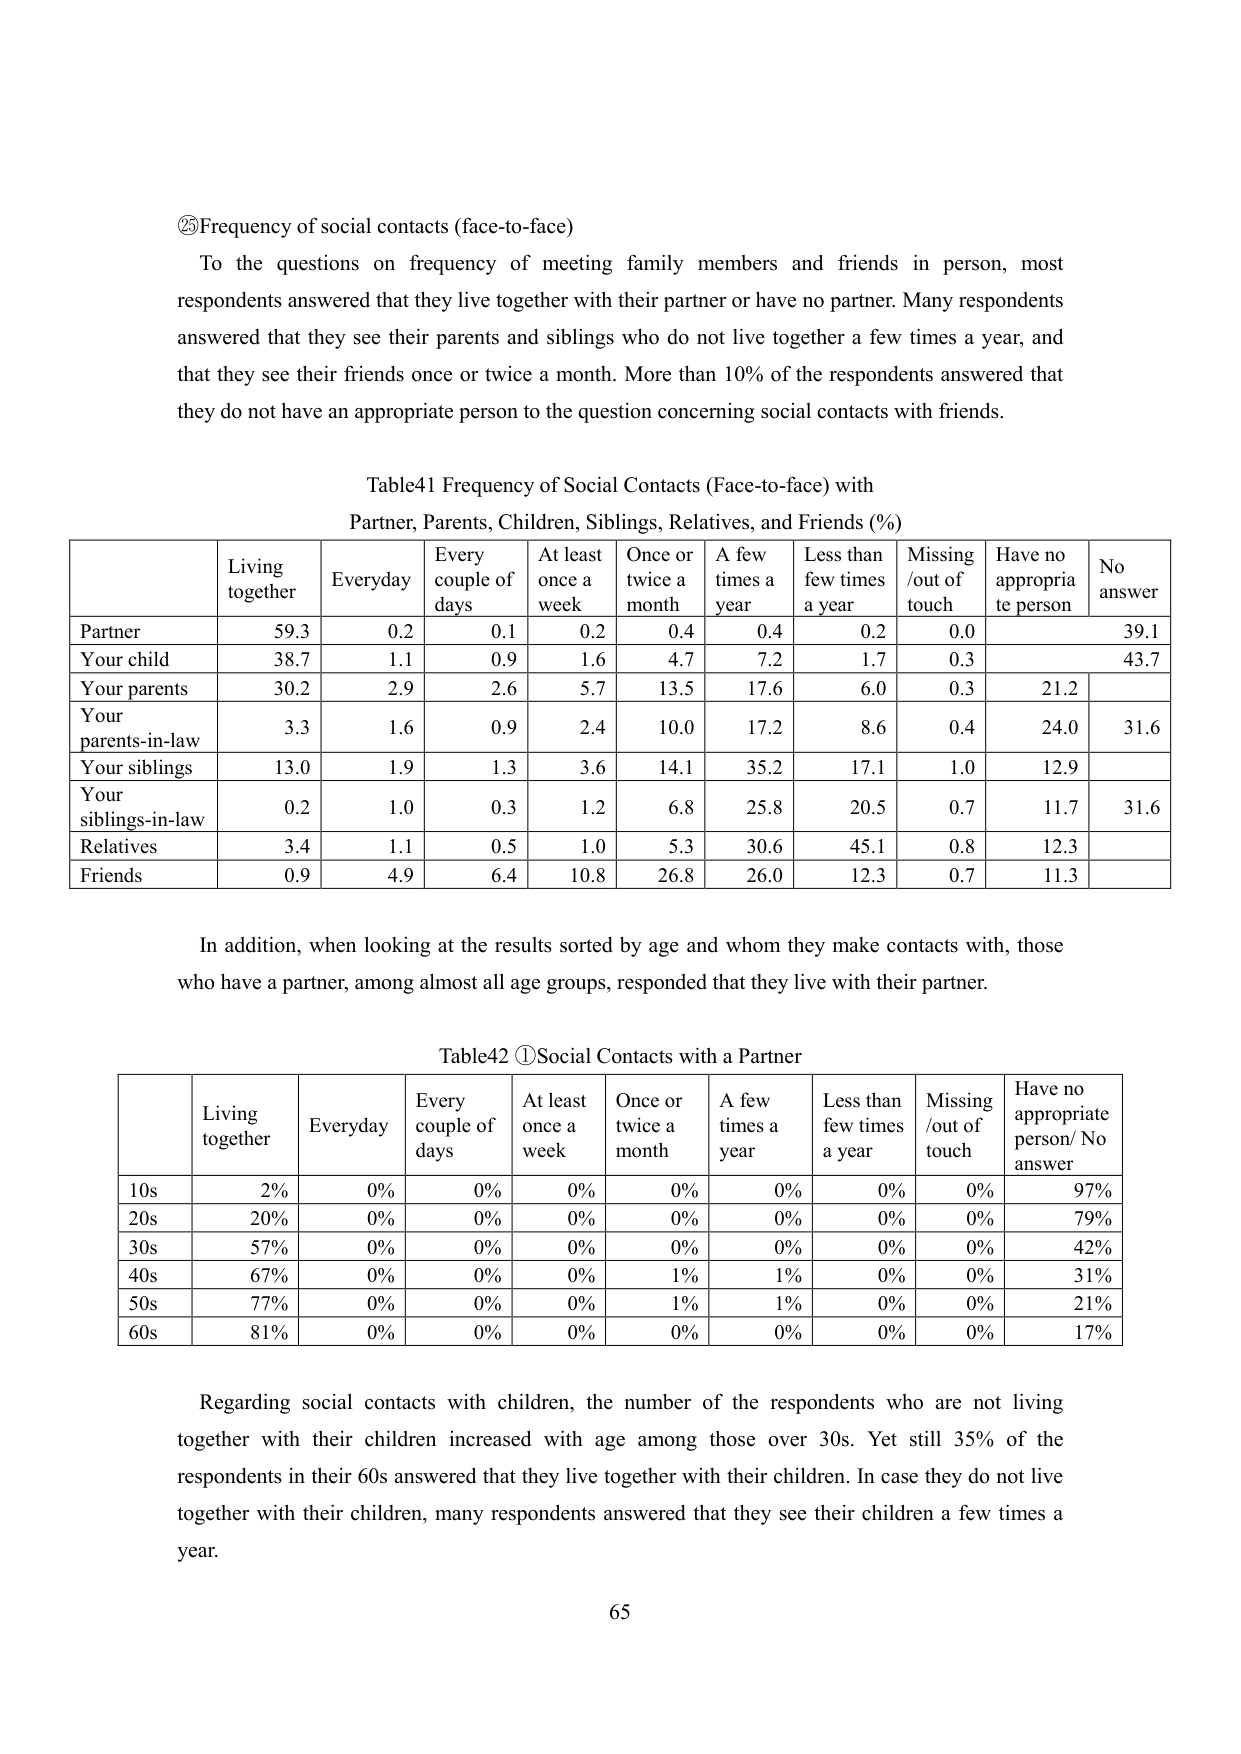
②Frequency of social contacts (face-to-face)

To the questions on frequency of meeting family members and friends in person, most respondents answered that they live together with their partner or have no partner. Many respondents answered that they see their parents and siblings who do not live together a few times a year, and that they see their friends once or twice a month. More than 10% of the respondents answered that they do not have an appropriate person to the question concerning social contacts with friends.

Table41 Frequency of Social Contacts (Face-to-face) with Partner, Parents, Children, Siblings, Relatives, and Friends (%)

| | Living together | Everyday | Every couple of days | At least once a week | Once or twice a month | A few times a year | Less than few times a year | Missing /out of touch | Have no appropriate person | No answer |
|---|---|---|---|---|---|---|---|---|---|---|
| Partner | 59.3 | 0.2 | 0.1 | 0.2 | 0.4 | 0.4 | 0.2 | 0.0 | | 39.1 |
| Your child | 38.7 | 1.1 | 0.9 | 1.6 | 4.7 | 7.2 | 1.7 | 0.3 | | 43.7 |
| Your parents | 30.2 | 2.9 | 2.6 | 5.7 | 13.5 | 17.6 | 6.0 | 0.3 | 21.2 | |
| Your parents-in-law | 3.3 | 1.6 | 0.9 | 2.4 | 10.0 | 17.2 | 8.6 | 0.4 | 24.0 | 31.6 |
| Your siblings | 13.0 | 1.9 | 1.3 | 3.6 | 14.1 | 35.2 | 17.1 | 1.0 | 12.9 | |
| Your siblings-in-law | 0.2 | 1.0 | 0.3 | 1.2 | 6.8 | 25.8 | 20.5 | 0.7 | 11.7 | 31.6 |
| Relatives | 3.4 | 1.1 | 0.5 | 1.0 | 5.3 | 30.6 | 45.1 | 0.8 | 12.3 | |
| Friends | 0.9 | 4.9 | 6.4 | 10.8 | 26.8 | 26.0 | 12.3 | 0.7 | 11.3 | |

In addition, when looking at the results sorted by age and whom they make contacts with, those who have a partner, among almost all age groups, responded that they live with their partner.

Table42 ①Social Contacts with a Partner

| | Living together | Everyday | Every couple of days | At least once a week | Once or twice a month | A few times a year | Less than few times a year | Missing /out of touch | Have no appropriate person/No answer |
|---|---|---|---|---|---|---|---|---|---|
| 10s | 2% | 0% | 0% | 0% | 0% | 0% | 0% | 0% | 97% |
| 20s | 20% | 0% | 0% | 0% | 0% | 0% | 0% | 0% | 79% |
| 30s | 57% | 0% | 0% | 0% | 0% | 0% | 0% | 0% | 42% |
| 40s | 67% | 0% | 0% | 0% | 1% | 1% | 0% | 0% | 31% |
| 50s | 77% | 0% | 0% | 0% | 1% | 1% | 0% | 0% | 21% |
| 60s | 81% | 0% | 0% | 0% | 0% | 0% | 0% | 0% | 17% |

Regarding social contacts with children, the number of the respondents who are not living together with their children increased with age among those over 30s. Yet still 35% of the respondents in their 60s answered that they live together with their children. In case they do not live together with their children, many respondents answered that they see their children a few times a year.

65